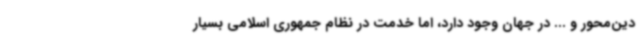
دین‌محور و ... در جهان وجود دارد، اما خدمت در نظام جمهوری اسلامی بسیار